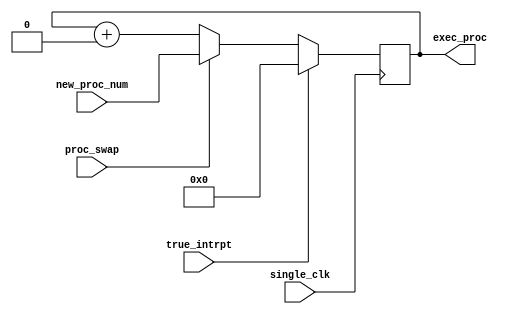
/*
single_clk - clk input
proc_swap - flag for process swapping
new_proc_num - number of new process to be executed
exec_proc - current process beeing executed by the system
*/

module Process_keeper
#(
	parameter PROC_WIDTH = 6
)
(
	input proc_swap, single_clk, true_intrpt,
	input [(PROC_WIDTH-1):0] new_proc_num,
	output [(PROC_WIDTH-1):0] exec_proc
);  
	
	reg [(PROC_WIDTH-1):0] proc_num;
	
	always @ ( posedge single_clk )
	begin
		if( true_intrpt )
			proc_num <= 6'b000000;
		else if( proc_swap ) 
			proc_num <= new_proc_num;
		else 
			proc_num <= proc_num + 1'b0;
	end
	
	assign exec_proc = proc_num;
	
endmodule